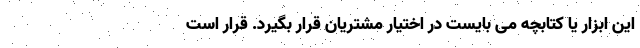
این ابزار یا کتابچه می بایست در اختیار مشتریان قرار بگیرد. قرار است